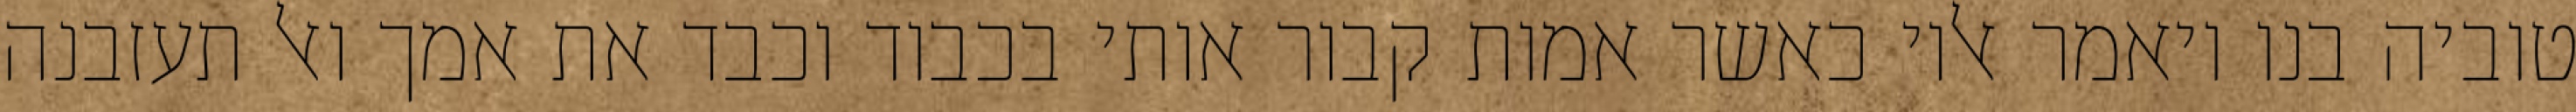
טוביה בנו ויאמר אליו כאשר אמות קבור אותי בכבוד וכבד את אמך ואל תעזבנה